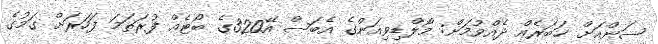
ސަންއަށް ޚަބަރެއް ދެއްވުމަށް: މޯލްޑިވިއަންގެ އެބަސް އޭ320ގެ ބޯޓެއް ފުރަތަމަ ފަހަރަށް ގަމުގެ